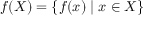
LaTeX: f ( X ) = \{ f ( x ) \mid x \in X \}